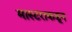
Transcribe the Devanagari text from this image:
मास्टराकडून